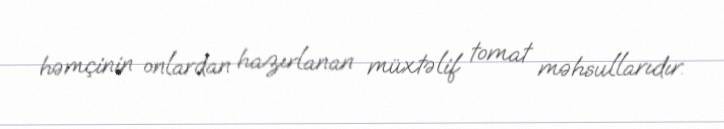
həmçinin onlardan hazırlanan müxtəlif tomat məhsullarıdır.